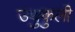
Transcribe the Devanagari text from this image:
उथुकुली